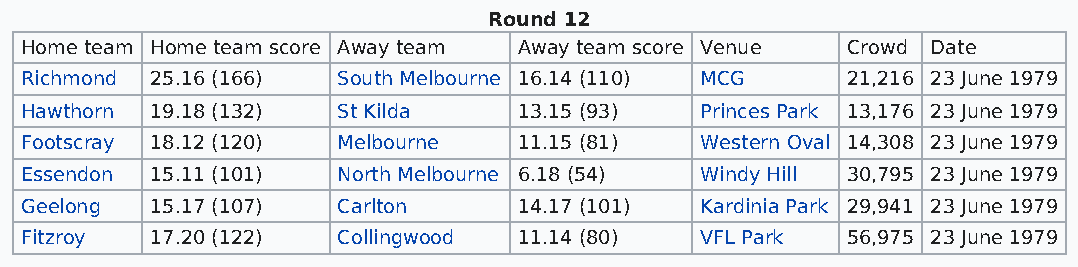
Round 12
 Home team Home team score Away team Away team score Venue Crowd Date
 Richmond 25.16 (166) South Melbourne 16.14 (110) MCG   21,216 23 June 1979
 Hawthorn 19.18 (132) St Kilda    13.15 (93)  Princes Park 13,176 23 June 1979
 Footscray 18.12 (120) Melbourne  11.15 (81)  Western Oval 14,308 23 June 1979
 Essendon 15.11 (101) North Melbourne 6.18 (54) Windy Hill 30,795 23 June 1979
 Geelong  15.17 (107) Carlton     14.17 (101) Kardinia Park 29,941 23 June 1979
 Fitzroy  17.20 (122) Collingwood 11.14 (80)  VFL Park  56,975 23 June 1979